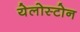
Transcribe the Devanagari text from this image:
येलोस्टोन